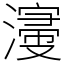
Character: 濅